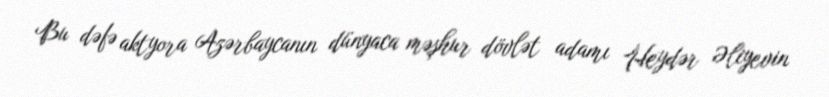
Bu dəfə aktyora Azərbaycanın dünyaca məşhur dövlət adamı Heydər Əliyevin